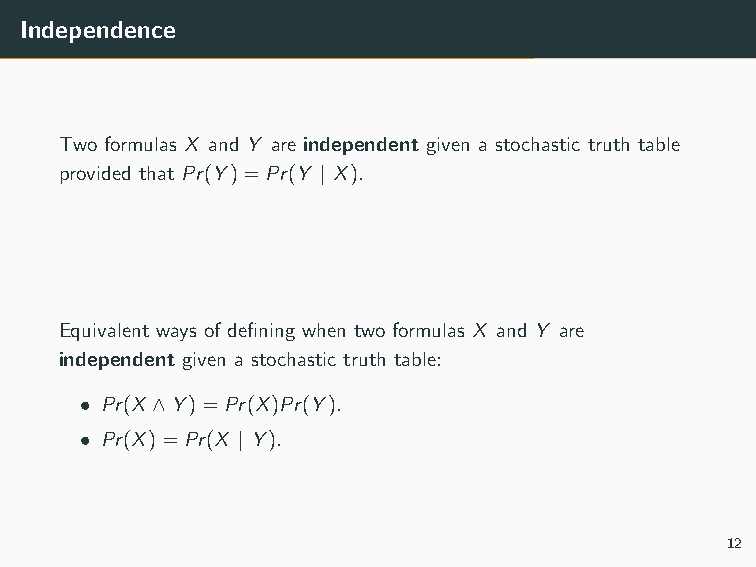
Independence
 Two formulas X and Y are independent given a stochastic truth table
 provided that Pr(Y)=Pr(Y | X).
 Equivalent ways of defining when two formulas X and Y are
 independent given a stochastic truth table:
 • Pr(X ∧Y)=Pr(X)Pr(Y).
 • Pr(X)=Pr(X | Y).
 12